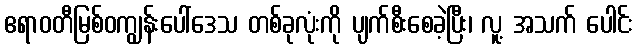
ဧရာဝတီမြစ်ဝကျွန်းပေါ်ဒေသ တစ်ခုလုံးကို ပျက်စီးစေခဲ့ပြီး၊ လူ့ အသက် ပေါင်း